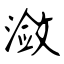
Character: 潋